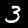
Digit: 3